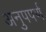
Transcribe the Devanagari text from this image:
अनुपपर्ण